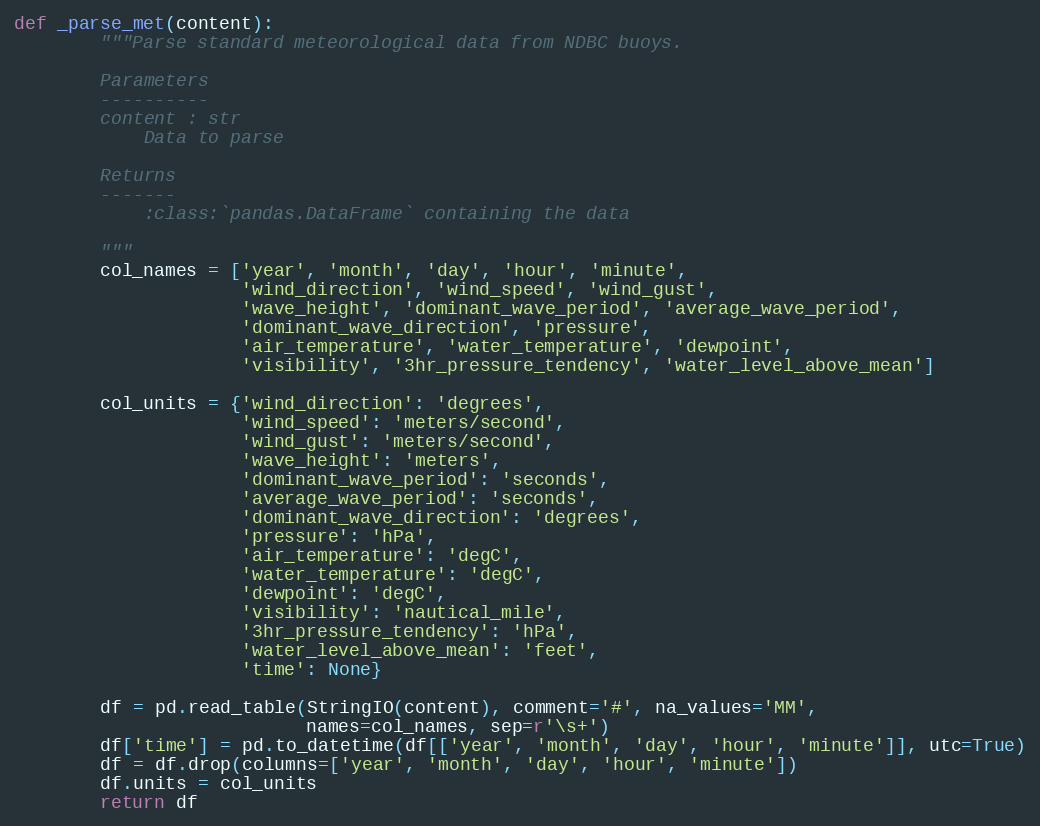
Language: Python
def _parse_met(content):
        """Parse standard meteorological data from NDBC buoys.

        Parameters
        ----------
        content : str
            Data to parse

        Returns
        -------
            :class:`pandas.DataFrame` containing the data

        """
        col_names = ['year', 'month', 'day', 'hour', 'minute',
                     'wind_direction', 'wind_speed', 'wind_gust',
                     'wave_height', 'dominant_wave_period', 'average_wave_period',
                     'dominant_wave_direction', 'pressure',
                     'air_temperature', 'water_temperature', 'dewpoint',
                     'visibility', '3hr_pressure_tendency', 'water_level_above_mean']

        col_units = {'wind_direction': 'degrees',
                     'wind_speed': 'meters/second',
                     'wind_gust': 'meters/second',
                     'wave_height': 'meters',
                     'dominant_wave_period': 'seconds',
                     'average_wave_period': 'seconds',
                     'dominant_wave_direction': 'degrees',
                     'pressure': 'hPa',
                     'air_temperature': 'degC',
                     'water_temperature': 'degC',
                     'dewpoint': 'degC',
                     'visibility': 'nautical_mile',
                     '3hr_pressure_tendency': 'hPa',
                     'water_level_above_mean': 'feet',
                     'time': None}

        df = pd.read_table(StringIO(content), comment='#', na_values='MM',
                           names=col_names, sep=r'\s+')
        df['time'] = pd.to_datetime(df[['year', 'month', 'day', 'hour', 'minute']], utc=True)
        df = df.drop(columns=['year', 'month', 'day', 'hour', 'minute'])
        df.units = col_units
        return df